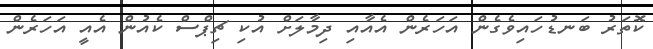
ކޮތަރު ބަނޑުހައިވެގެން އަހަރެން އެއާއި ދިމާލަށް އުކި ޗިޕްސް ކެއުން އެއީ އަހަރެން